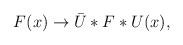
LaTeX: \begin{align*} F(x)\to \bar{U}*F*U(x),\end{align*}